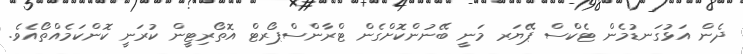
ދެން އަޅުގަނޑުމެން ޓެކްސް ޕޭޔަރ މަނީ ބޭނުންކޮށްގެން ޓްރާންސްޕޯރޓް އޮތޯރިޓީން ކުރަނީ ކޮންކަމެއްތޯއެވެ.